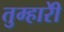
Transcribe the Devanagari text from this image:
तुम्हारीे